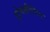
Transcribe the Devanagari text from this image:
होमकीपिंग